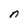
Character: n